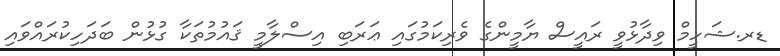
ޑރ.ޝަހީމް ވިދާޅުވީ ރައީސް ޔާމީންގެ ވެރިކަމުގައި ޢަރަބި އިސްލާމީ ޤައުމުތަކާ ގުޅުން ބަދަހިކުރައްވައި